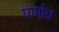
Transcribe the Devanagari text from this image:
पर्णाग्र